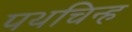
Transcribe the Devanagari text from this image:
पथचिन्ह